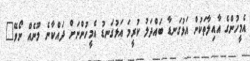
އެމީހުންގެ އާއިލާތަކުން އަޅުގަނޑާ ބައްދަލު ކުރީމަ އަޅުގަނޑު އެމީހުންނަށް ދައްކާނެ މޫނެއް ނޯވޭ"